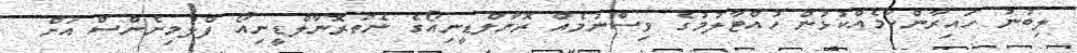
ލިބުނު ހައިރާންކަމެއްކުޅުން ހުއްޓާލުމުގެ ވިސްނުމެއް ރޮނާލްޑީނިއޯގެ ނެތްރޮނާލްޑީނިއޯ ފްލުމިނެންސް އަށް